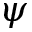
\psi